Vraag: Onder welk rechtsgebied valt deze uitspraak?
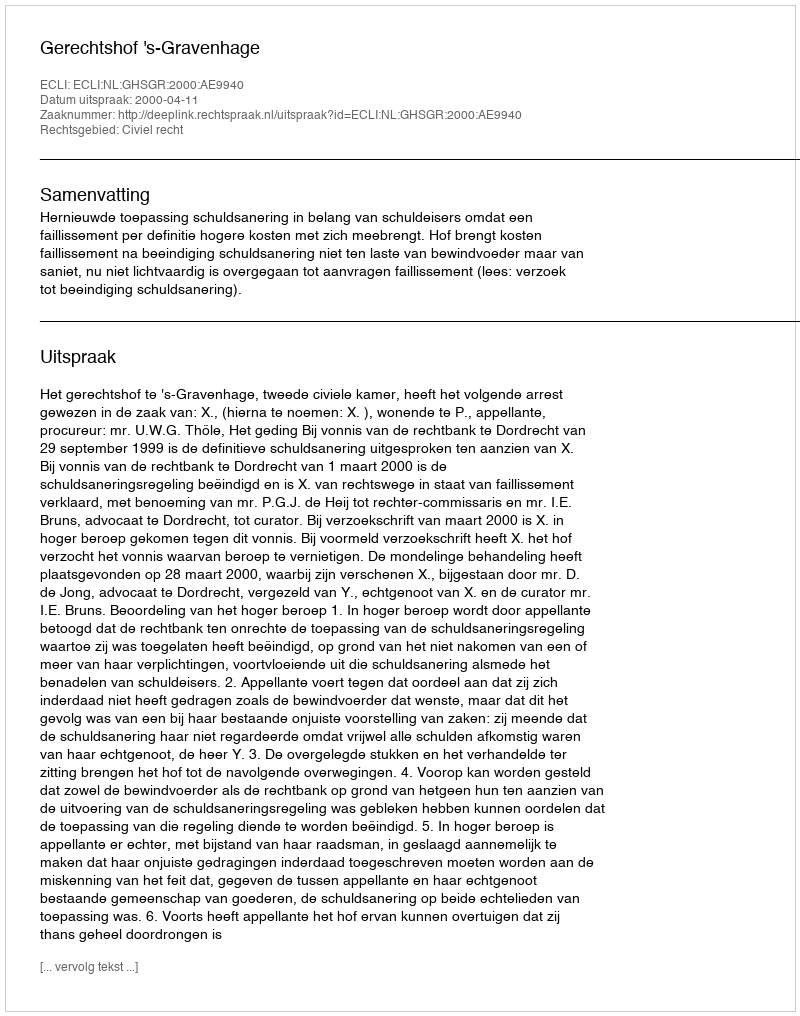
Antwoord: Civiel recht